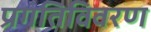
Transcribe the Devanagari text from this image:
प्रगतिविवरण